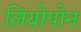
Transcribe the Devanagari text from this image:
लियोपोन